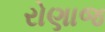
રોણાજ